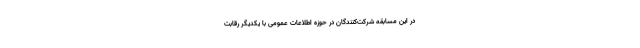
در این مسابقه شرکت‌کنندگان در حوزه اطلاعات عمومی با یکدیگر رقابت